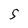
Character: 5